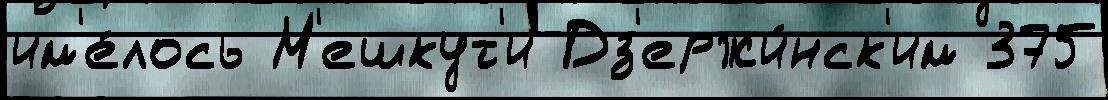
им'е́лось М'ешкут'и Дз'ержи́нск'им 375